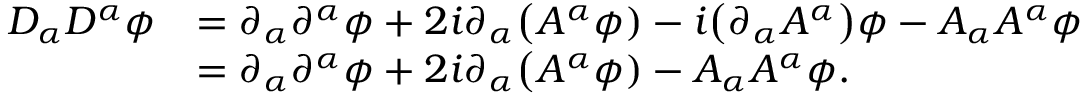
\begin{array} { r l } { D _ { \alpha } D ^ { \alpha } \phi } & { = \partial _ { \alpha } \partial ^ { \alpha } \phi + 2 i \partial _ { \alpha } \big ( A ^ { \alpha } \phi ) - i \big ( \partial _ { \alpha } A ^ { \alpha } \big ) \phi - A _ { \alpha } A ^ { \alpha } \phi } \\ & { = \partial _ { \alpha } \partial ^ { \alpha } \phi + 2 i \partial _ { \alpha } \big ( A ^ { \alpha } \phi ) - A _ { \alpha } A ^ { \alpha } \phi . } \end{array}